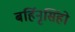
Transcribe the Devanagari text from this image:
बर्हिनृसिंहो